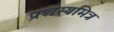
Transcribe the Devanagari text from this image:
प्रशस्यमित्र